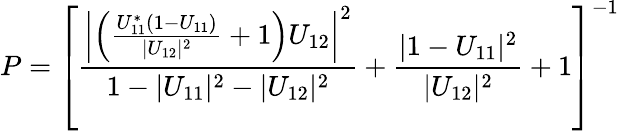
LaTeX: P=\left[\frac{\left|\left(\frac{U_{11}^{*}(1-U_{11})}{|U_{12}|^{2}}+1\right)U_{12}\right|^{2}}{1-|U_{11}|^{2}-|U_{12}|^{2}}+\frac{|1-U_{11}|^{2}}{|U_{12}|^{2}}+1\right]^{-1}